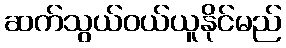
ဆက်သွယ်ဝယ်ယူနိုင်မည်